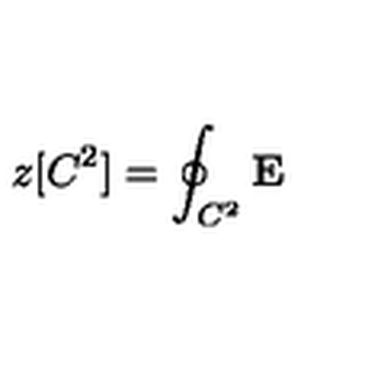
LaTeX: z [ C ^ { 2 } ] = \oint _ { C ^ { 2 } } { \mathbf E }